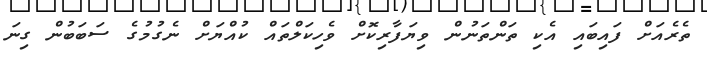
ތެރެއަށް ފައިބައި އެކި ތަންތަނުން ވިޔަފާރިކޮށް ވެހިކަލްތައް ކުއްޔަށް ނެގުމުގެ ސަބަބުން ގިނަ